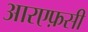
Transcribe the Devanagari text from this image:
आरएफ़सी